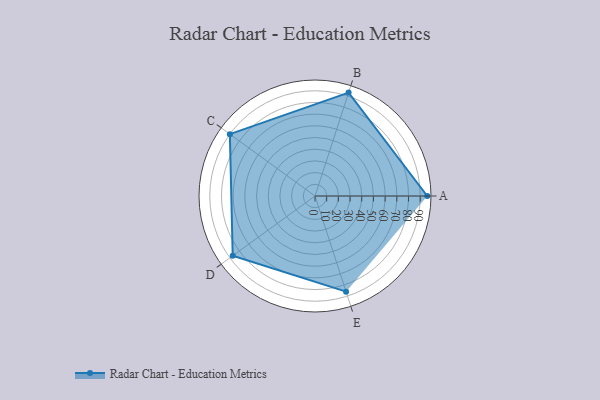
{"axis": {"x": "Skill", "y": "Score"}, "legend": ["Profile"], "data": [{"x": "A", "y": 96.0, "type": "Profile"}, {"x": "B", "y": 93.0, "type": "Profile"}, {"x": "C", "y": 90.0, "type": "Profile"}, {"x": "D", "y": 87.0, "type": "Profile"}, {"x": "E", "y": 86.0, "type": "Profile"}]}